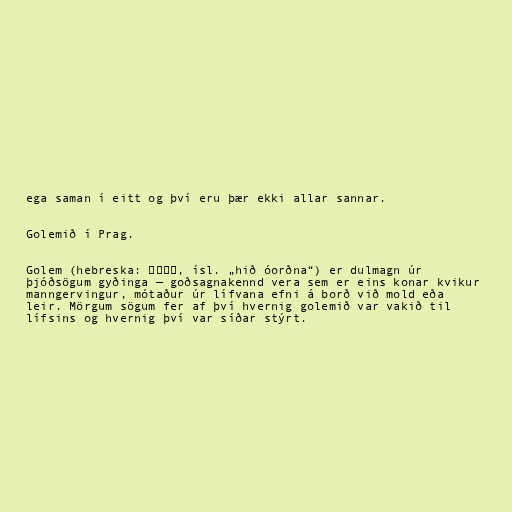
ega saman í eitt og því eru þær ekki allar sannar.

Golemið í Prag.

Golem (hebreska: גולם‎‎, ísl. „hið óorðna“) er dulmagn úr
þjóðsögum gyðinga — goðsagnakennd vera sem er eins konar kvikur
manngervingur, mótaður úr lífvana efni á borð við mold eða
leir. Mörgum sögum fer af því hvernig golemið var vakið til
lífsins og hvernig því var síðar stýrt.